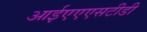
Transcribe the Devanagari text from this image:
आईएएएसटीडी